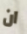
ان